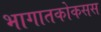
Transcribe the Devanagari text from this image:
भागातकोकसस